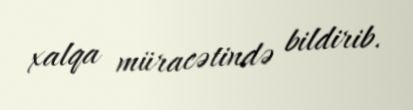
xalqa müracətində bildirib.